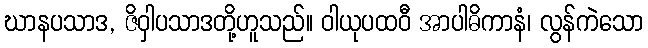
ဃာနပသာဒ, ဇိဝှါပသာဒတို့ဟူသည်။ ဝါယုပထဝီ အာပါဓိကာနံ၊ လွန်ကဲသော